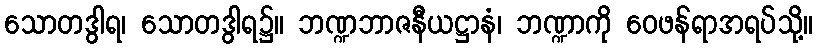
သောတဒွါရ၊ သောတဒွါရ၌။ ဘဏ္ဍဘာဇနီယဋ္ဌာနံ၊ ဘဏ္ဍာကို ဝေဖန်ရာအရပ်သို့။